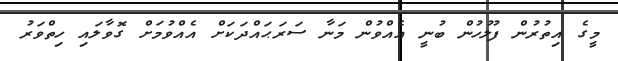
މީގެ އިތުރުން ފުލުހުން ބުނީ އެއްވުން މަނާ ސަރަޙައްދަކަށް އެއްވުމަށް ގޮވާލައި ހިތްވަރު